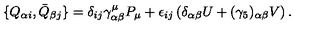
\{ Q _ { \alpha i } , \bar { Q } _ { \beta j } \} = \delta _ { i j } \gamma _ { \alpha \beta } ^ { \mu } P _ { \mu } + \epsilon _ { i j } \left( \delta _ { \alpha \beta } U + ( \gamma _ { 5 } ) _ { \alpha \beta } V \right) .